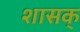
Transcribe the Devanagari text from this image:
शासक्